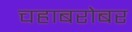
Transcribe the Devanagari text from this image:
चहाबरोबर